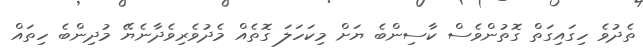
ތެދުވެ ހިގައިގަތް ގޮތުންވެސް ކާސިންބެ ޔަށް މިކަހަލަ ގޮތެއް މެދުވެރިވެދާނެޔޭ މުދިންބެ ހިތައް